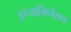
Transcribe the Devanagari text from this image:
इग्जामिनेशन